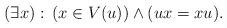
LaTeX: \begin{align*}(\exists x):\,(x\in V(u))\wedge(ux=xu).\end{align*}